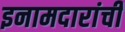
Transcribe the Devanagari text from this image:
इनामदारांची